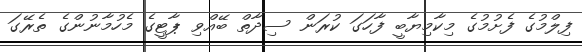
ފިލްމުގެ ފެށުމުގެ މިކާމިޔާބީ ފާހަގަ ކުރަން ސިދާތް ބޭއްވި ޕާޓީގެ މެހުމާނުންގެ ތެރޭގަ